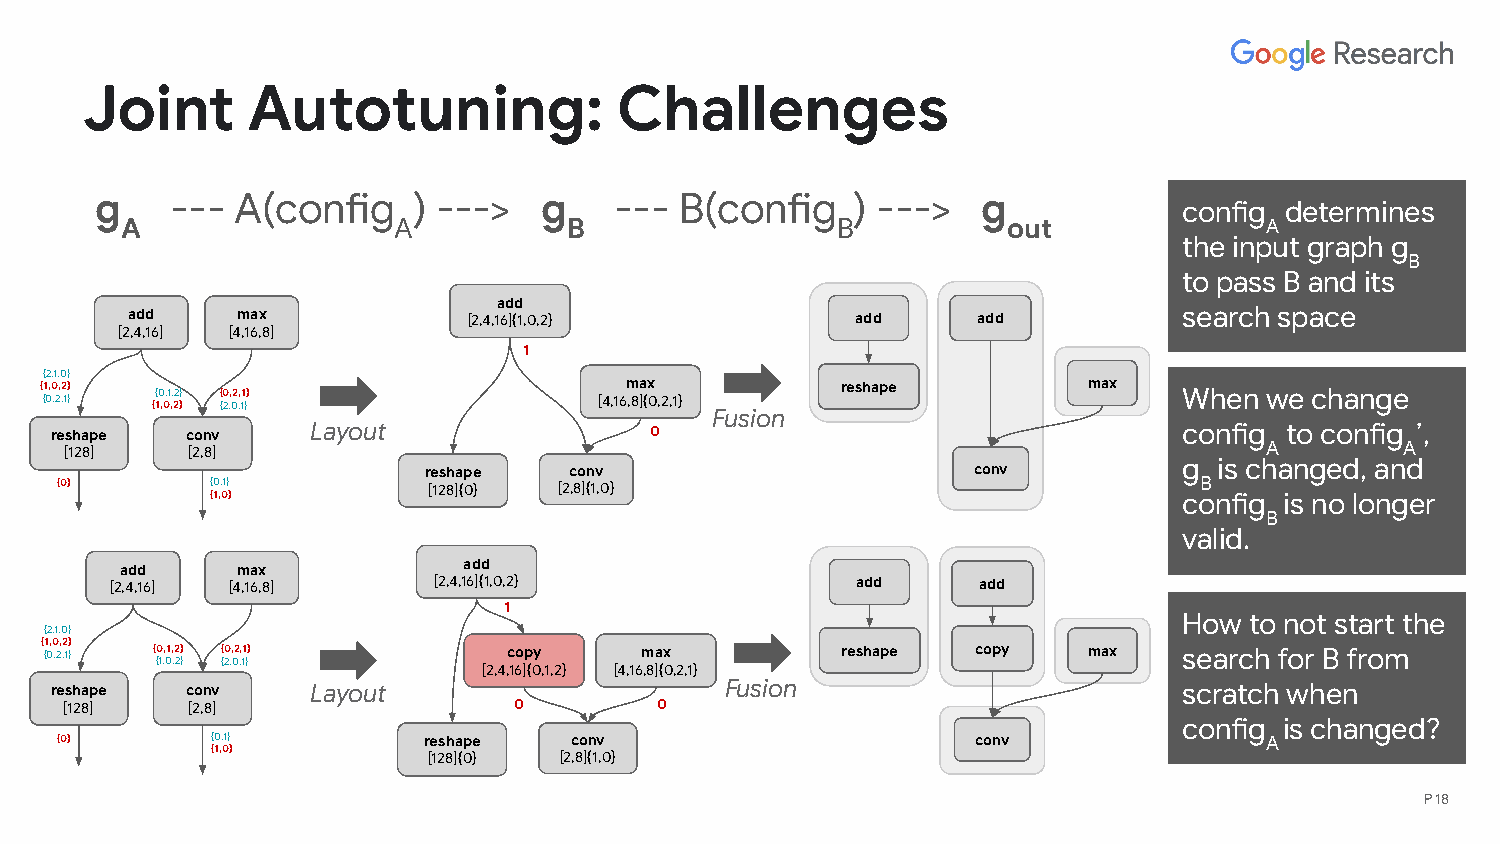
Joint      Autotuning:              Challenges
 g    --- A(config    ) --->   g    --- B(config   ) --->   g
 config determines
 A                 A           B                B           out              A
 the input graph g
 B
 to pass B and its
 add
 add     max            [2,4,16]{1,0,2}           add     add          search space
 [2,4,16] [4,16,8]
 1
 {2,1,0}
 {1,0,2}                               max            reshape         max
 {0,2,1} {{ 10 ,0,1 ,, 22 }} { {20 ,, 02 ,, 11 }} [4,16,8]{0,2,1}           When  we change
 Fusion
 reshape  conv     Layout                0                                  config to config ’,
 [128]   [2,8]                                                                   A        A
 reshape   conv                      conv          g  is changed, and
 {0}       {0,1}         [128]{0} [2,8]{1,0}                                B
 {1,0}                                                           config is no longer
 B
 valid.
 add     max            add
 [2,4,16] [4,16,8]     [2,4,16]{1,0,2}             add     add
 1
 How  to not start the
 {2,1,0}
 { {1 0,0 ,2, ,2 1} } {0,1,2} {0,2,1} copy max        reshape  copy   max   search for B from
 {1,0,2} {2,0,1}
 [2,4,16]{0,1,2} [4,16,8]{0,2,1}
 reshape  conv     Layout                     Fusion                        scratch when
 [128]   [2,8]                 0         0
 config is changed?
 {0}       {0,1}         reshape   conv                       conv               A
 {1,0}
 [128]{0} [2,8]{1,0}
 P 18